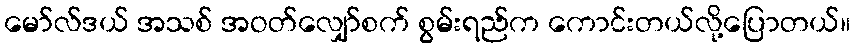
မော်လ်ဒယ် အသစ် အဝတ်လျှော်စက် စွမ်းရည်က ကောင်းတယ်လို့ပြောတယ်။